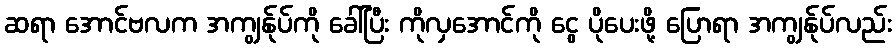
ဆရာ အောင်ဗလက အကျွန်ုပ်ကို ခေါ်ပြီး ကိုလှအောင်ကို ငွေ ပိုပေးဖို့ ပြောရာ အကျွန်ုပ်လည်း